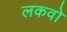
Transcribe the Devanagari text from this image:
लकवो